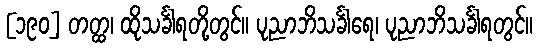
[၁၉၀] တတ္ထ၊ ထိုသင်္ခါရတို့တွင်။ ပုညာဘိသင်္ခါရေ၊ ပုညာဘိသင်္ခါရတွင်။